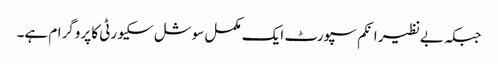
جبکہ بےنظیر انکم سپورٹ ایک مکمل سوشل سکیورٹی کا پروگرام ہے۔